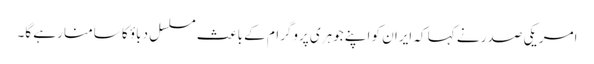
امریکی صدر نے کہا کہ ایران کو اپنے جوہری پروگرام کے باعث مسلسل دباؤ کا سامنا رہے گا۔